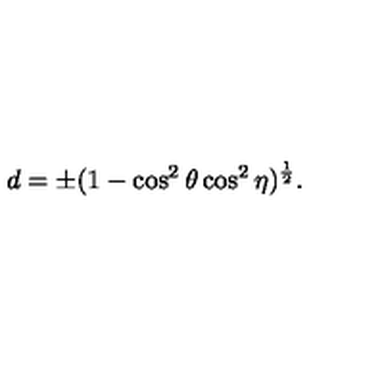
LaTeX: d = \pm ( 1 - \cos ^ { 2 } { \theta } \cos ^ { 2 } { \eta } ) ^ { \frac { 1 } { 2 } } .